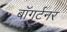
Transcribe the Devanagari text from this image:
बॉगर्टनर